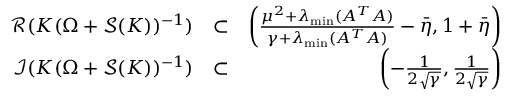
\begin{array} { r l r } { \mathcal { R } ( K ( \Omega + \mathcal { S } ( K ) ) ^ { - 1 } ) } & { \subset } & { \left( { \frac { { { \mu ^ { 2 } } + { \lambda _ { \operatorname* { m i n } } } ( { A ^ { T } } A ) } } { { \gamma + { \lambda _ { \operatorname* { m i n } } } ( { A ^ { T } } A ) } } - \bar { \eta } , 1 + \bar { \eta } } \right) } \\ { \mathcal { I } ( K ( \Omega + \mathcal { S } ( K ) ) ^ { - 1 } ) } & { \subset } & { \left( - \frac { 1 } { 2 \sqrt { \gamma } } , \frac { 1 } { 2 \sqrt { \gamma } } \right) } \end{array}